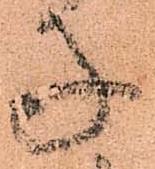
子